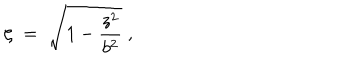
\zeta \; = \; \sqrt { 1 - { \frac { z ^ { 2 } } { b ^ { 2 } } } } \; ,